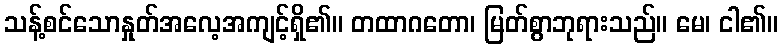
သန့်စင်သောနှုတ်အလေ့အကျင့်ရှိ၏။ တထာဂတော၊ မြတ်စွာဘုရားသည်။ မေ၊ ငါ၏။